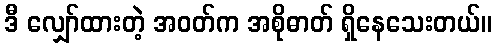
ဒီ လျှော်ထားတဲ့ အဝတ်က အစိုဓာတ် ရှိနေသေးတယ်။